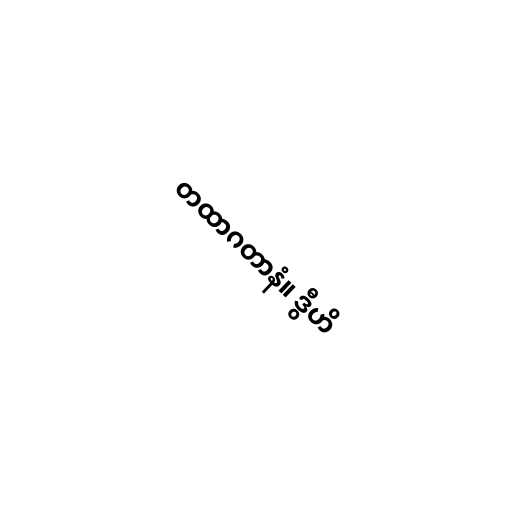
တထာဂတာနံ။ ဒွီဟိ